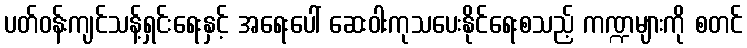
ပတ်ဝန်းကျင်သန့်ရှင်းရေးနှင့် အရေးပေါ် ဆေးဝါးကုသပေးနိုင်ရေးစသည့် ကဏ္ဍများကို စတင်